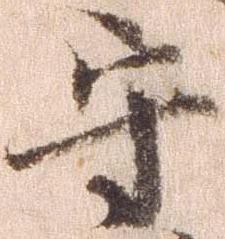
守